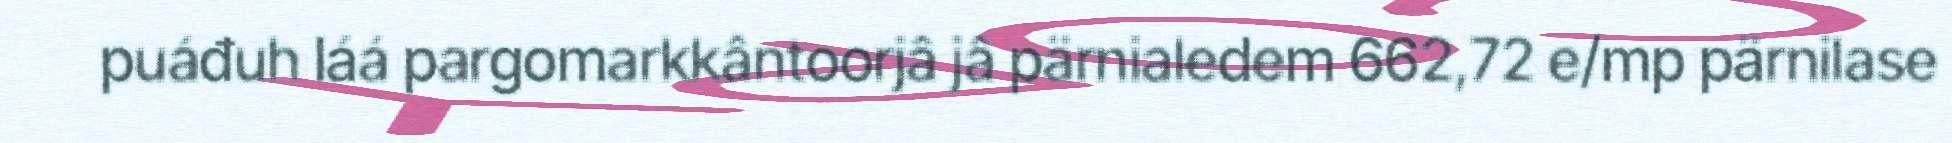
puáđuh láá pargomarkkântoorjâ jâ pärnialedem 662,72 e/mp pärnilase